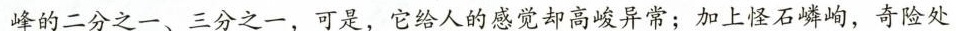
峰的二分之一、三分之一，可是，它给人的感觉却高峻异常；加上怪石嶙峋，奇险处